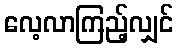
လေ့လာကြည့်လျှင်